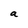
Character: a